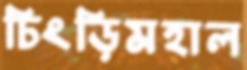
চিংড়িমহাল